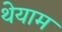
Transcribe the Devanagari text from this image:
थेयाम